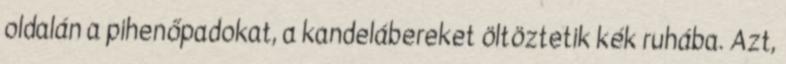
oldalán a pihenőpadokat, a kandelábereket öltöztetik kék ruhába. Azt,